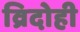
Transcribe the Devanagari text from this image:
व्रिदोही